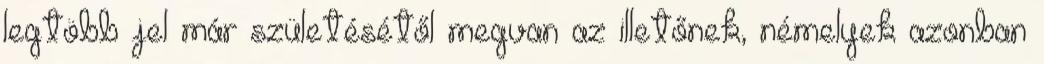
legtöbb jel már születésétől megvan az illetőnek, némelyek azonban